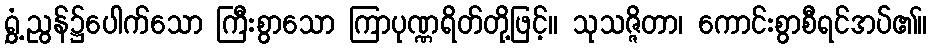
ရွှံ့ညွန်၌ပေါက်သော ကြီးစွာသော ကြာပုဏ္ဏရိတ်တို့ဖြင့်။ သုသဇ္ဇိတာ၊ ကောင်းစွာစီရင်အပ်၏။